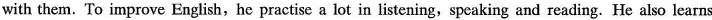
with them.'To improve English,he practise a lot in listening,speaking and reading. He also learns